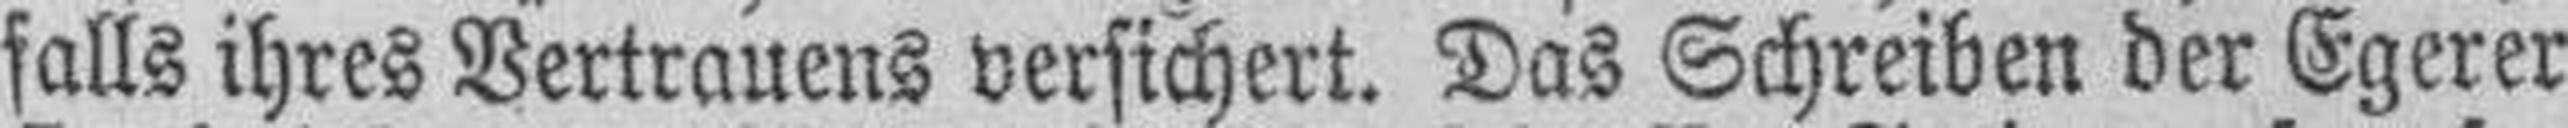
falls ihres Vertrauens versichert. Das Schreiben der Egerer